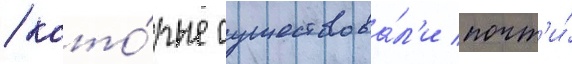
/ кото́рые существова́л'и почт'и́